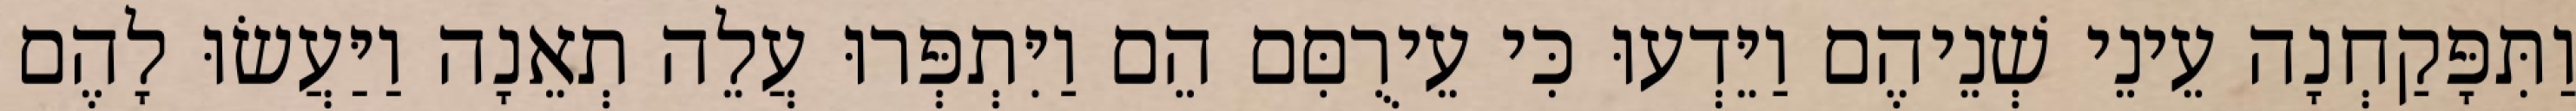
וַתִּפָּקַחְנָה עֵינֵי שְׁנֵיהֶם וַיֵּדְעוּ כִּי עֵירֻםִּם הֵם וַיִּתְפְּרוּ עֲלֵה תְאֵנָה וַיַּעֲשׂוּ לָהֶם